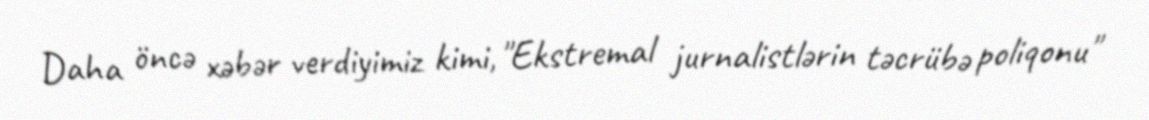
Daha öncə xəbər verdiyimiz kimi, "Ekstremal jurnalistlərin təcrübə poliqonu"